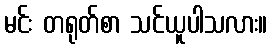
မင်း တရုတ်စာ သင်ယူပါသလား။